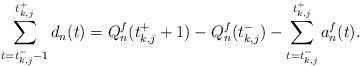
\begin{align*} \sum_{t = t_{k,j}^- -1}^{t_{k,j}^+} d_n(t) = Q_n^f( t_{k,j}^+ +1 ) - Q_n^f( t_{k,j}^- ) - \sum_{t = t_{k,j}^-}^{t_{k,j}^+} a_n^f(t).\end{align*}